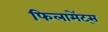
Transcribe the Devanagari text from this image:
फिलामेंट्स